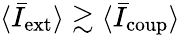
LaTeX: \langle\bar{I}_{\mathrm{ext}}\rangle\gtrsim\langle\bar{I}_{\mathrm{coup}}\rangle